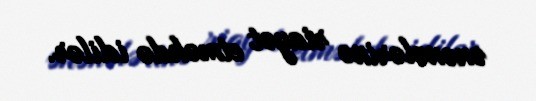
ənənələrinə riayət etməkdə idilər.